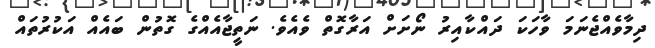
ދިމާވެއްޖެނަމަ ވާހަކަ ދައްކާއިރު ނޯށަށް އަރާގޮތް ވެއެވެ. ނަތީޖާއެއްގެ ގޮތުން ބައެއް އަކުރުތައް